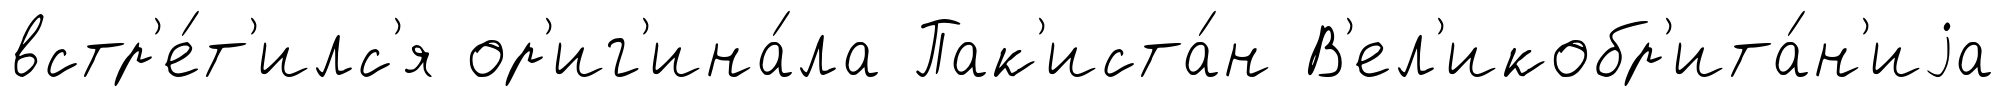
встр'е́т'илс'я ор'иг'ина́ла Пак'иста́н В'ел'икобр'ита́н'иjа